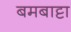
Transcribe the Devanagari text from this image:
बमबाट्टा